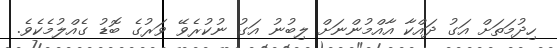
ހިދުމަތަށް އަގު ދައްކާ އާއްމުންނަށް ލިބުނު އަގު ނުކުރެވޭ ވަރުގެ ބޮޑު ގެއްލުމެކެވެ.